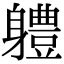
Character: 軆